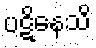
ပဋိနေသိ